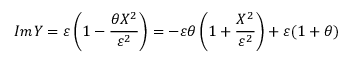
I m Y = \varepsilon \left( 1 - \frac { \theta X ^ { 2 } } { \varepsilon ^ { 2 } } \right) = - \varepsilon \theta \left( 1 + \frac { X ^ { 2 } } { \varepsilon ^ { 2 } } \right) + \varepsilon ( 1 + \theta )